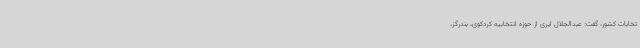
تخابات کشور، گفت: عبدالجلال ایری از حوزه انتخابیه کردکوی، بندرگز،